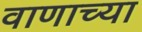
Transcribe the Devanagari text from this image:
वाणाच्या